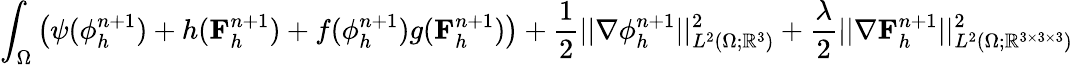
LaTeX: \int_{\Omega}\left(\psi(\phi_{h}^{n+1})+h(\mathbf{F}_{h}^{n+1})+f(\phi_{h}^{n+1})g(\mathbf{F}_{h}^{n+1})\right)+\frac{1}{2}||\nabla\phi_{h}^{n+1}||_{L^{2}(\Omega;\mathbb{R}^{3})}^{2}+\frac{\lambda}{2}||\nabla\mathbf{F}_{h}^{n+1}||_{L^{2}(\Omega;\mathbb{R}^{3\times 3\times 3})}^{2}